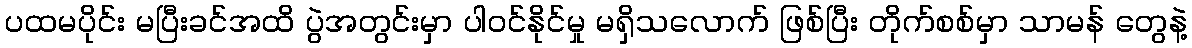
ပထမပိုင်း မပြီးခင်အထိ ပွဲအတွင်းမှာ ပါဝင်နိုင်မှု မရှိသလောက် ဖြစ်ပြီး တိုက်စစ်မှာ သာမန် တွေနဲ့